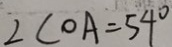
\angle C O A = 5 4 ^ { \circ }